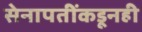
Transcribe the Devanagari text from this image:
सेनापतींकडूनही